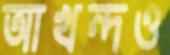
আখন্দও